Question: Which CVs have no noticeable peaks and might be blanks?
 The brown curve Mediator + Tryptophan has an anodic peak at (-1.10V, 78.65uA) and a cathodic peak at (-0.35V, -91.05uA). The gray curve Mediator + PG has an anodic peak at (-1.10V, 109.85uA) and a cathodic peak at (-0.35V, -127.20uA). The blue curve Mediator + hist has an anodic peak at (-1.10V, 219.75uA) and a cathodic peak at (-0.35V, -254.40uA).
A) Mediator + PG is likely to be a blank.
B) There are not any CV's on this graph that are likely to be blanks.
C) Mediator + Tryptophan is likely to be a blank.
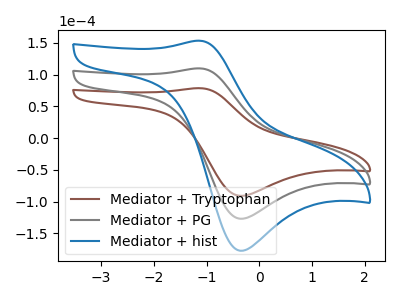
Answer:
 <answer>B) There are not any CV's on this graph that are likely to be blanks.</answer>
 <eval>B</eval>